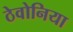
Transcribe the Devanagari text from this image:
ठेवोनिया